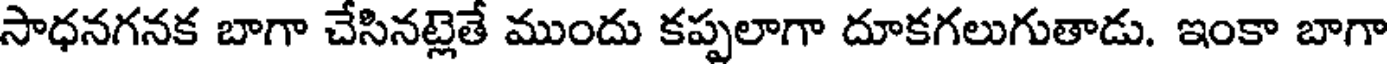
సాధనగనక బాగా చేసినట్లెతే ముందు కప్పలాగా దూకగలుగుతాడు. ఇంకా బాగా